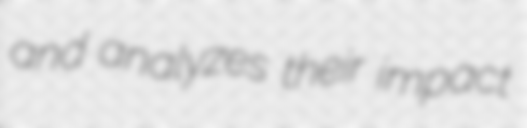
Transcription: and analyzes their impact